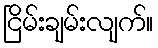
ငြိမ်းချမ်းလျက်။